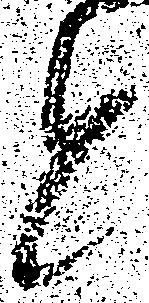
と